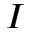
I